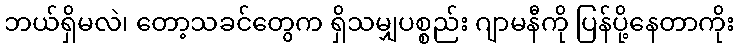
ဘယ်ရှိမလဲ၊ တော့သခင်တွေက ရှိသမျှပစ္စည်း ဂျာမနီကို ပြန်ပို့နေတာကိုး